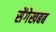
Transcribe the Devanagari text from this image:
सेंगेखबब